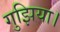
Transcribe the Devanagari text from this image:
गुझिया।